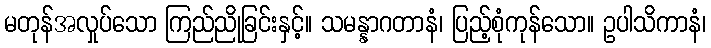
မတုန်အလှုပ်သော ကြည်ညိုခြင်းနှင့်။ သမန္နာဂတာနံ၊ ပြည့်စုံကုန်သော။ ဥပါသိကာနံ၊